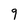
Character: 9